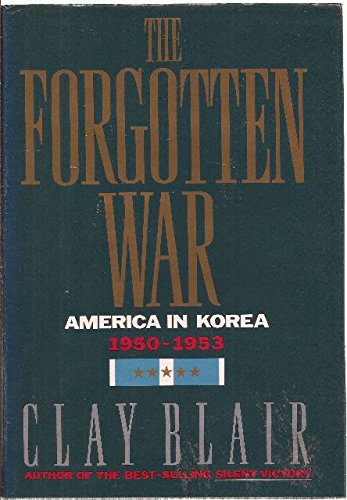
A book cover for The Forgotten War: America in Korea, 1950-1953; Clay Blair; History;